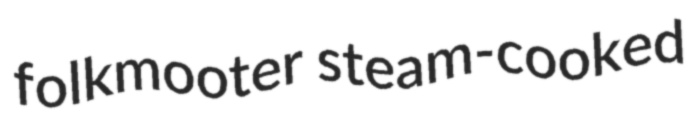
folkmooter steam-cooked